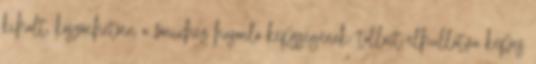
kihalt, köszönhetően a főnixhez hasonló képsségének: tollait elhullatva képes